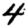
Digit: 4